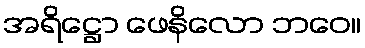
အရိဋ္ဌော ဖေနိလော ဘဝေ။